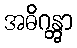
အဓိဂန္တွာ